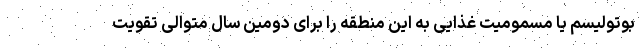
بوتولیسم یا مسمومیت غذایی به این منطقه را برای دومین سال متوالی تقویت